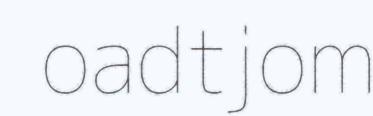
oadtjom